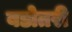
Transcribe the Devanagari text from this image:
बडोतरी